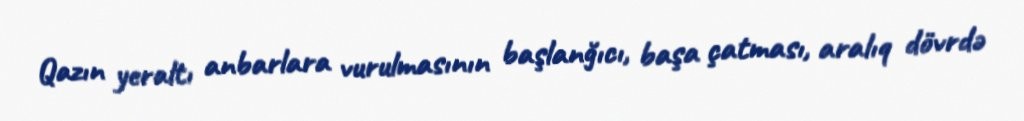
Qazın yeraltı anbarlara vurulmasının başlanğıcı, başa çatması, aralıq dövrdə